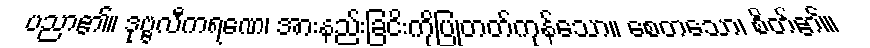
ပညာ၏။ ဒုဗ္ဗလီကရဏေ၊ အားနည်းခြငိးကိုပြုတတ်ကုန်သော။ စေတသော၊ စိတ်၏။